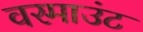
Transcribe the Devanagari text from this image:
वरमाउंट